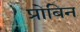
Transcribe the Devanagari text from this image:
प्रोबिन